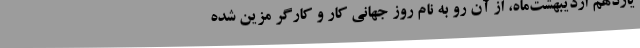
يازدهم ارديبهشت‌ماه، از آن ­رو به نام روز جهاني كار و كارگر مزين شده